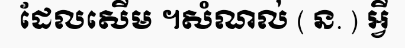
ដែលសើម ។សំណល់ ( ន. ) អ្វី